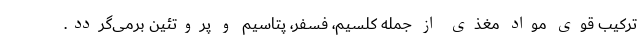
ترکیب قوی مواد مغذی از جمله کلسیم، فسفر، پتاسیم و پروتئین برمی‌گردد.